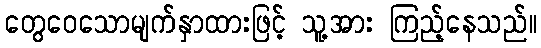
တွေဝေသောမျက်နှာထားဖြင့် သူ့အား ကြည့်နေသည်။